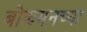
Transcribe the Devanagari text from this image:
बोझमनच्या